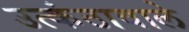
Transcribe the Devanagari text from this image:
उत्कंठावाले